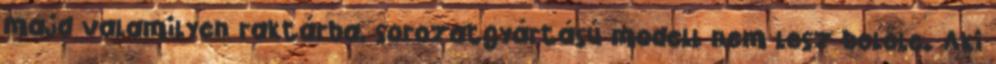
majd valamilyen raktárba, sorozatgyártású modell nem lesz belőle. Aki